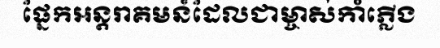
ផ្នែកអន្តរាគមន៍ដែលជាម្ចាស់កាំភ្លើង